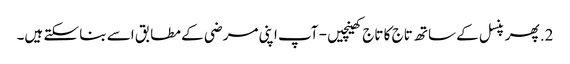
2. پھر پنسل کے ساتھ تاج کا تاج کھینچیں - آپ اپنی مرضی کے مطابق اسے بنا سکتے ہیں۔